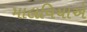
માલવિયાએ